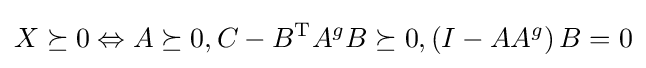
X\succeq 0\Leftrightarrow A\succeq 0,C-B^{\mathrm {T} }A^{g}B\succeq 0,\left(I-AA^{g}\right)B=0